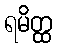
ရမိတ္ထ